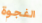
الفجوة